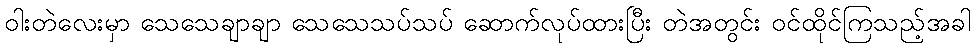
ဝါးတဲလေးမှာ သေသေချာချာ သေသေသပ်သပ် ဆောက်လုပ်ထားပြီး တဲအတွင်း ဝင်ထိုင်ကြသည့်အခါ